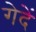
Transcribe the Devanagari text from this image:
गेदें